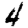
Digit: 4